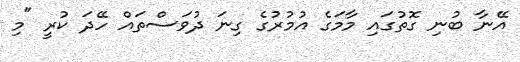
އޭނާ ބުނި ގޮތުގައި މާމަގެ އުމުރުގެ ގިނަ ދުވަސްތައް ހޭދަ ކުރީ "މި